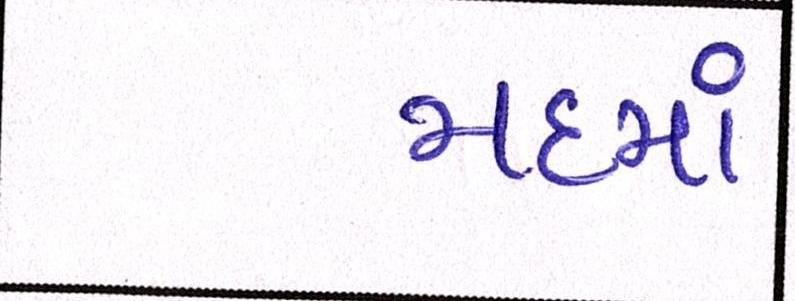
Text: મદમાં